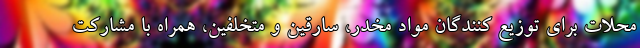
محلات برای توزیع کنندگان مواد مخدر، سارقین و متخلفین، همراه با مشارکت